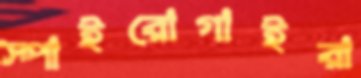
স্পাইরোগাইরা